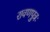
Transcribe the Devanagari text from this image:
रावणपुत्रः